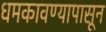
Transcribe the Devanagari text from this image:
धमकावण्यापासून